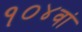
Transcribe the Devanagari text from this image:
१०४वां